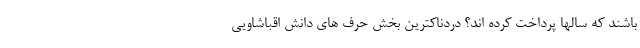
باشند که سالها پرداخت کرده اند؟ دردناکترین بخش حرف های دانش اقباشاویی